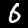
Label: 6